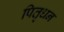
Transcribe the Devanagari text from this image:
पितृधन